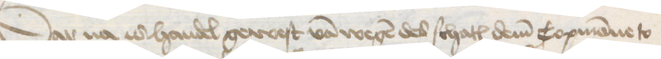
Dar na is handel gewest van wegen des schates dem Copmanne to